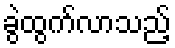
ခွဲထွက်လာသည့်